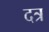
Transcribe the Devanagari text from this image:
दत्र